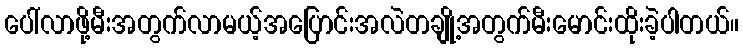
ပေါ်လာဖို့မီးအတွက်လာမယ့်အပြောင်းအလဲတချို့အတွက်မီးမောင်းထိုးခဲ့ပါတယ်။